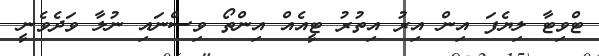
ޓްވިޓާ ލިޔެފަ އިން އިރު އިތުރު ޓީއެއް އިންތޯ ވިސްނައި ނުލާ ވަދެވެނީ